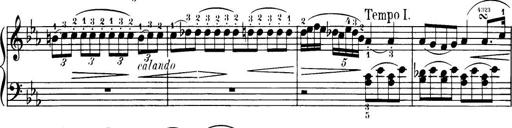
Title: 32 Sonatinas and Rondos for the Piano
Composer: Richard Kleinmichel